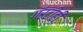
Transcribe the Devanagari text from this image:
गॅरंटीही